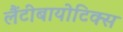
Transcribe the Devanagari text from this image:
लैंटीबायोटिक्स